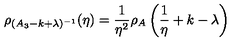
\rho _ { ( A _ { 3 } - k + \lambda ) ^ { - 1 } } ( \eta ) = \frac { 1 } { \eta ^ { 2 } } \rho _ { A } \left( \frac { 1 } { \eta } + k - \lambda \right)